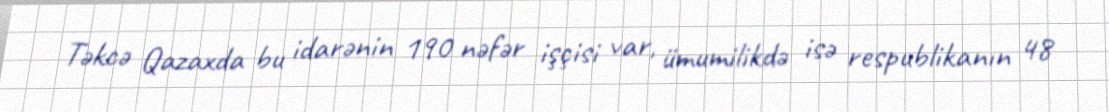
Təkcə Qazaxda bu idarənin 190 nəfər işçisi var, ümumilikdə isə respublikanın 48